system: You are a helpful assistant.
user:
Analyze the provided spectrum to determine if it is a **M-type Giant (gM)**.

A M-type Giant spectrum is defined by its **strong molecular absorption** features, particularly from **Titanium Oxide (TiO)**. You must check for one of the following mutually exclusive signatures:

- **Key Visual Indicators (Absorption-Dominated Spectrum):**

    - **(Primary):** The spectrum is dominated by strong molecular absorption from **Titanium Oxide (TiO)**. This is the **defining feature** of its M-type temperature class.
        - **(Key Bandheads):** Look for sharp, "saw-tooth" absorption valleys. The strongest are located near **~7050 Å**, **~6160 Å**, and **~5170 Å**.
        - **(Line Profile):** The "saw-tooth" morphology is critical: a **sharp, steep drop on the BLUE (short-wavelength) side** of the bandhead, followed by a gradual recovery (rising flux) towards the RED (long-wavelength) side.

    - **(Key Confirmation - Giant vs. Dwarf):** **ABSENCE** of strong **Calcium Hydride (CaH)** molecular bands. This is the primary diagnostic for *excluding* M-dwarfs.
        - **(Key Region):** The spectrum should lack the strong, broad absorption band seen in dwarfs between **~6800 Å and ~7000 Å**.

    - **(Secondary Confirmation - Giant):** A very strong and broad **Neutral Calcium (Ca I)** atomic absorption line.
        - **(Key Line):** Located at **~4226 Å**. In a giant (gM), this line is significantly deeper and broader than the same line in an M-dwarf (dM) due to low surface gravity.

    - **(Overall Spectrum):**
        - The continuum is **extremely red-sloping** (i.e., flux is very low in the blue and rises dramatically towards the red).
        - The entire spectrum appears "chopped up" by the deep TiO bands.

Think first, call **spectral_visualization_tool** if needed to examine features in detail, then provide your final answer. Your response must adhere to the following strict rules:
1.  **Overall Structure:** Your response must follow the format `<think>...</think> <tool_call>...</tool_call> (if a tool is used) <answer>...</answer>`.
2.  **Tool Usage Constraint:** You may only make **one** tool call per turn.
3.  **Final Answer Format:** In the `<answer>` tag, your conclusion must be inside a `\boxed{}` command (e.g., `\boxed{YES}` or `\boxed{NO}`), followed by your justification.

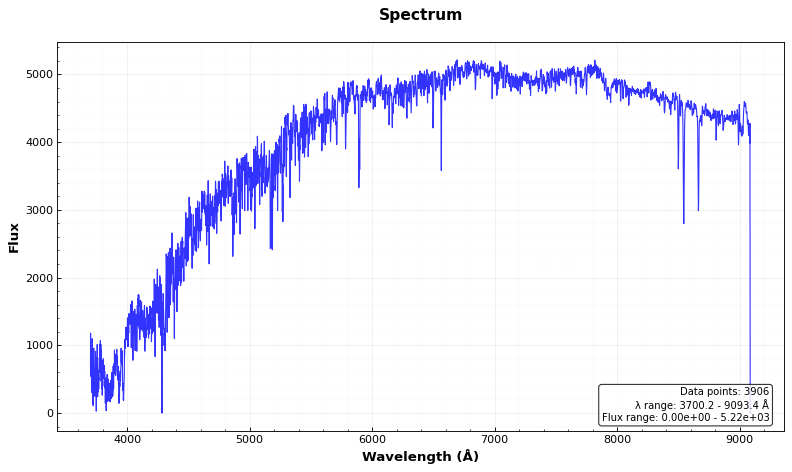
Answer: NO